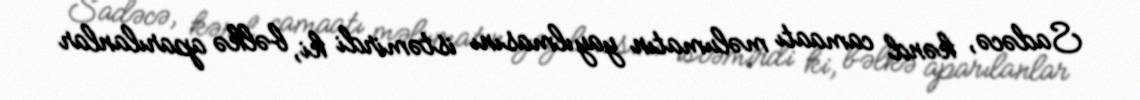
Sadəcə, kənd camaatı məlumatın yayılmasını istəmirdi ki, bəlkə aparılanlar